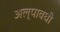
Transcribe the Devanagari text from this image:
अल्पावधी